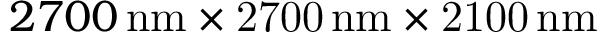
2 7 0 0 \, \mathrm { n m \times 2 7 0 0 \, \mathrm { n m \times 2 1 0 0 \, \mathrm { n m } } }